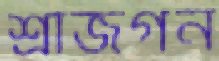
শ্রীজগন